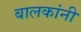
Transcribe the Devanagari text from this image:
बालकांनी